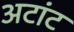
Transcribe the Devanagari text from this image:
अटांट